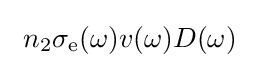
~n_{2}\sigma _{\rm {e}}(\omega )v(\omega )D(\omega )~